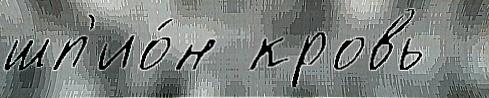
шп'ио́н кровь